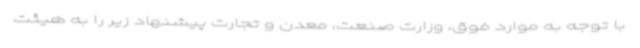
با توجه به موارد فوق، وزارت صنعت، معدن و تجارت پیشنهاد زیر را به هیئت